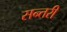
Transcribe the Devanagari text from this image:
सन्तरी